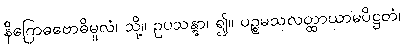
နိဂြောဓဗောဓိမူလံ၊ သို့။ ဥပသန္တွာ၊ ၍။ ပဉ္စမသလတ္ထာယာမပိဋ္ဌတံ၊